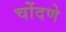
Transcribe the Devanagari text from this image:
चोंदणे